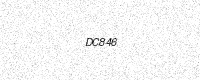
Text: DC846